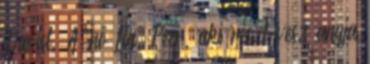
Davist. A nő fia, Peer, aki részt vesz anyja